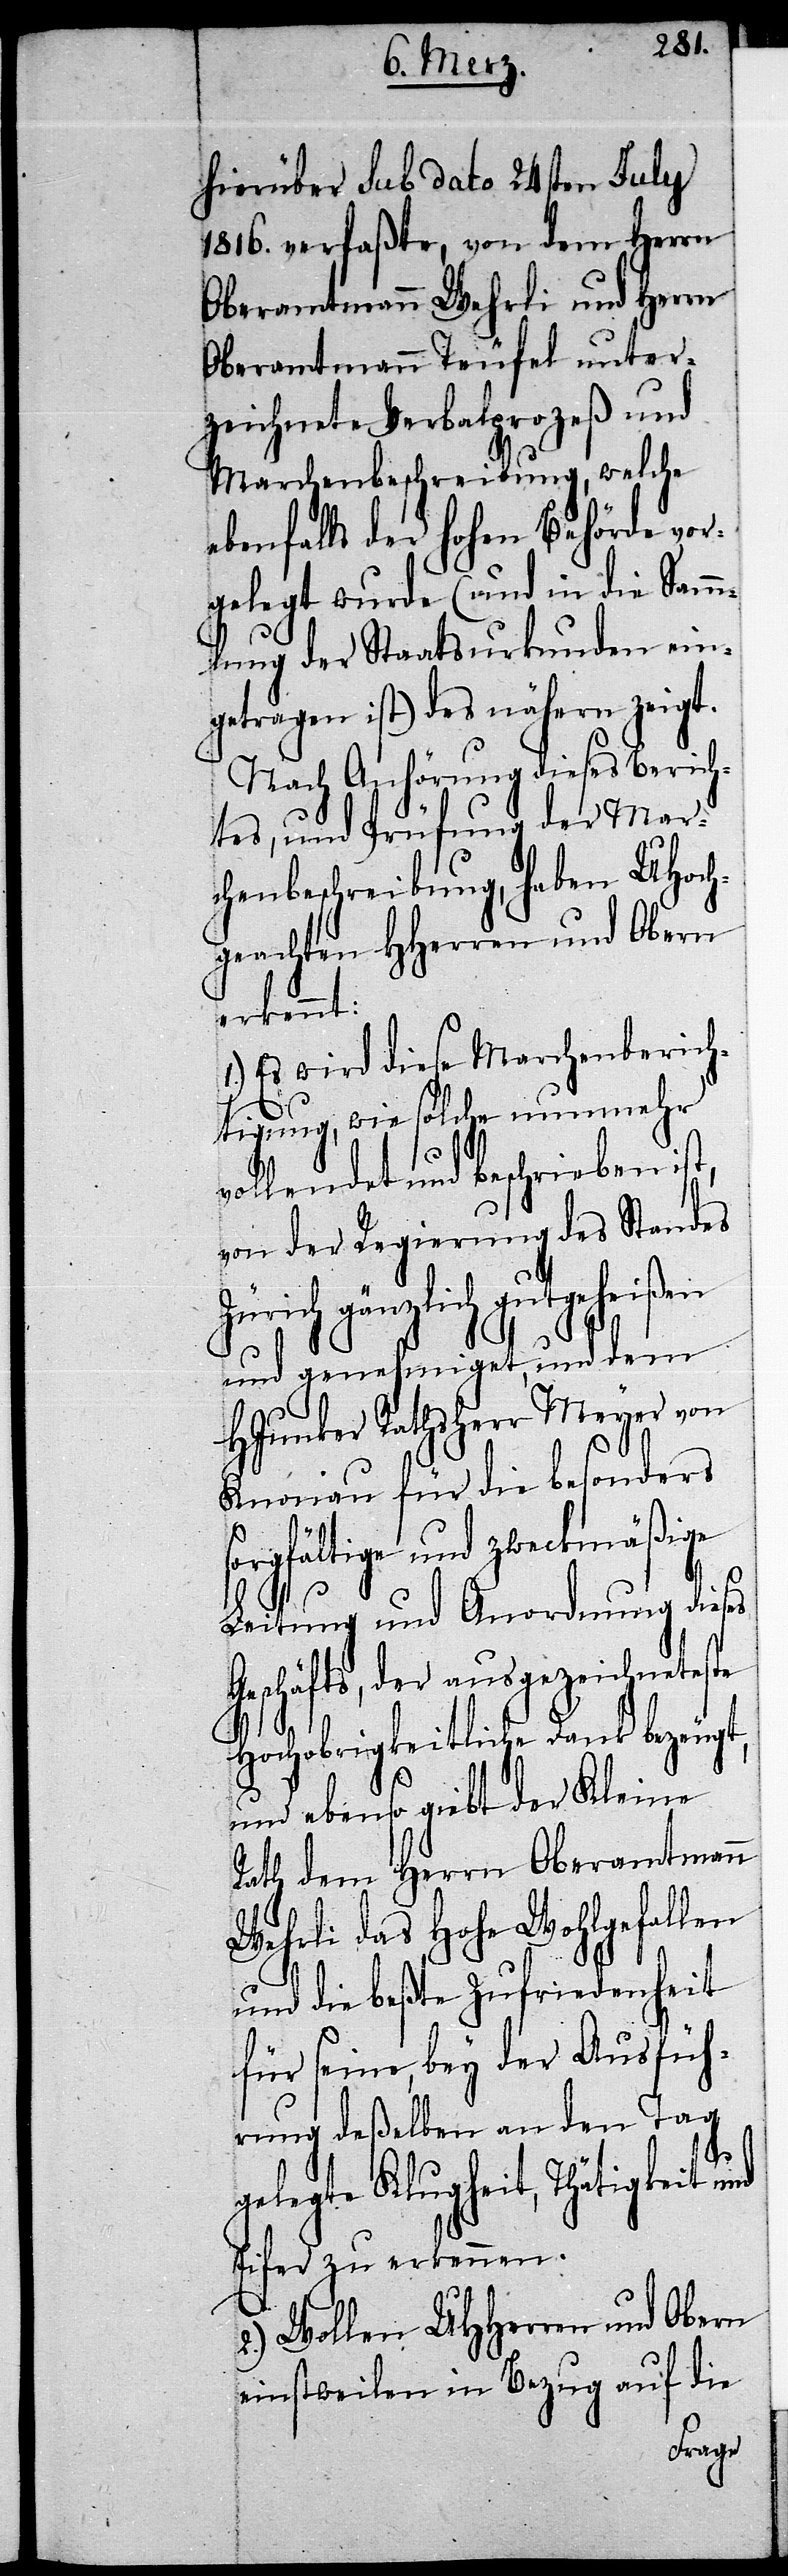
hierüber sub dato 24sten July
1816. verfaßte, von dem Herrn
Oberamtmann Wehrli und Herrn
Oberamtmann Teufel unter¬
zeichnete Verbalprozeß und
Marchenbeschreibung, welche
ebenfalls der hohen Behörde vor¬
gelegt wurde (und in die Samm¬
lung der Staatsurkunden ein¬
getragen ist) des nähern zeigt.
Nach Anhörung dieses Berich¬
tes, und Prüfung der Mar¬
chenbeschreibung, haben UHoch¬
geachten HHerren und Obern
erkennt:
Es wird diese Marchenberich¬
tigung, wie solche nunmehr
vollendet und beschrieben ist,
von der Regierung des Standes
Zürich gänzlich gutgeheißen
und genehmiget, und dem
HJunker Rathsherr Meyer von
Knonau für die besonders
sorgfältige und zweckmäßige
Leitung und Anordnung dieses
Geschäfts, der ausgezeichneteste
Hochobrigkeitliche Dank bezeugt,
und ebenso giebt der Kleine
Rath dem Herrn Oberamtmann
Wehrli das Hohe Wohlgefallen
und die beßte Zufriedenheit
für seine, bey der Ausfüh¬
rung deßelben an den Tag
gelegte Klugheit, Thätigkeit und
Eifer zu erkennen.
2.) Wollen UHHerren und Obern
einstweilen in Bezug auf die